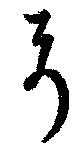
弓